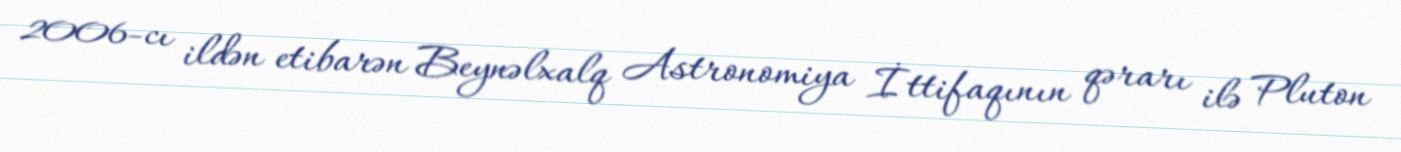
2006-cı ildən etibarən Beynəlxalq Astronomiya İttifaqının qərarı ilə Pluton